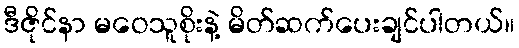
ဒီဇိုင်နာ မဝေသူစိုးနဲ့ မိတ်ဆက်ပေးချင်ပါတယ်။